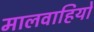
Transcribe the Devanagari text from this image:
मालवाहियों